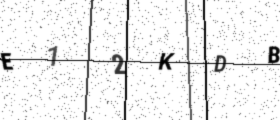
Text: E12KDB